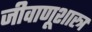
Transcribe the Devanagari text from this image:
जीवाणूशास्त्र